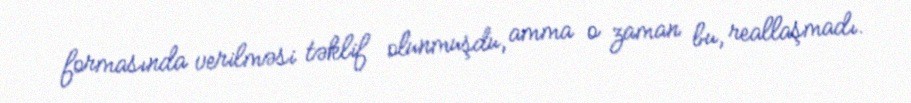
formasında verilməsi təklif olunmuşdu, amma o zaman bu, reallaşmadı.